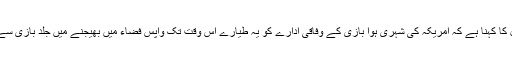
اخبار ہُیوسٹن کرانیکل کا کہنا ہے کہ امریکہ کی شہری ہوا بازی کے وفاقی ادارے کو یہ طیارے اُس وقت تک واپس فضاء میں بھیجنے میں جلد بازی سے کام نہیں لینا چاہئے۔